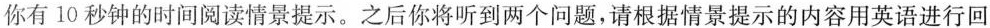
你有10秒钟的时间阅读情景提示。之后你将听到两个问题，请根据情景提示的内容用英语进行回